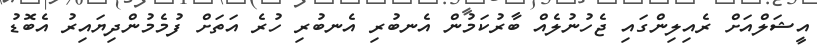
އީޝަލްއަށް ރެއިލިންގައި ޖެހުނުލެއް ބާރުކަމުން އެނބުރި އެނބުރި ހުރެ އަތަށް ފުމެމުންދިޔައިރު އެބޮޑު